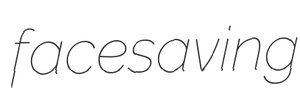
facesaving